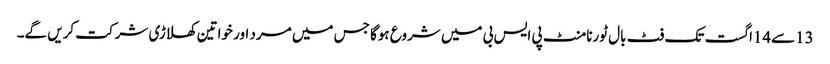
13سے14اگست تک فٹ بال ٹورنامنٹ پی ایس بی میں شروع ہوگا جس میں مرد اور خواتین کھلاڑی شرکت کریں گے۔